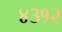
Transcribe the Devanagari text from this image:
४३१२